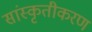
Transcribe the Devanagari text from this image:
सांस्कृतीकरण